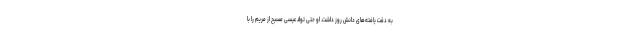
به دقت یافته‌های دانش روز داشت. او حتی تولد عیسی مسیح از مریم را با